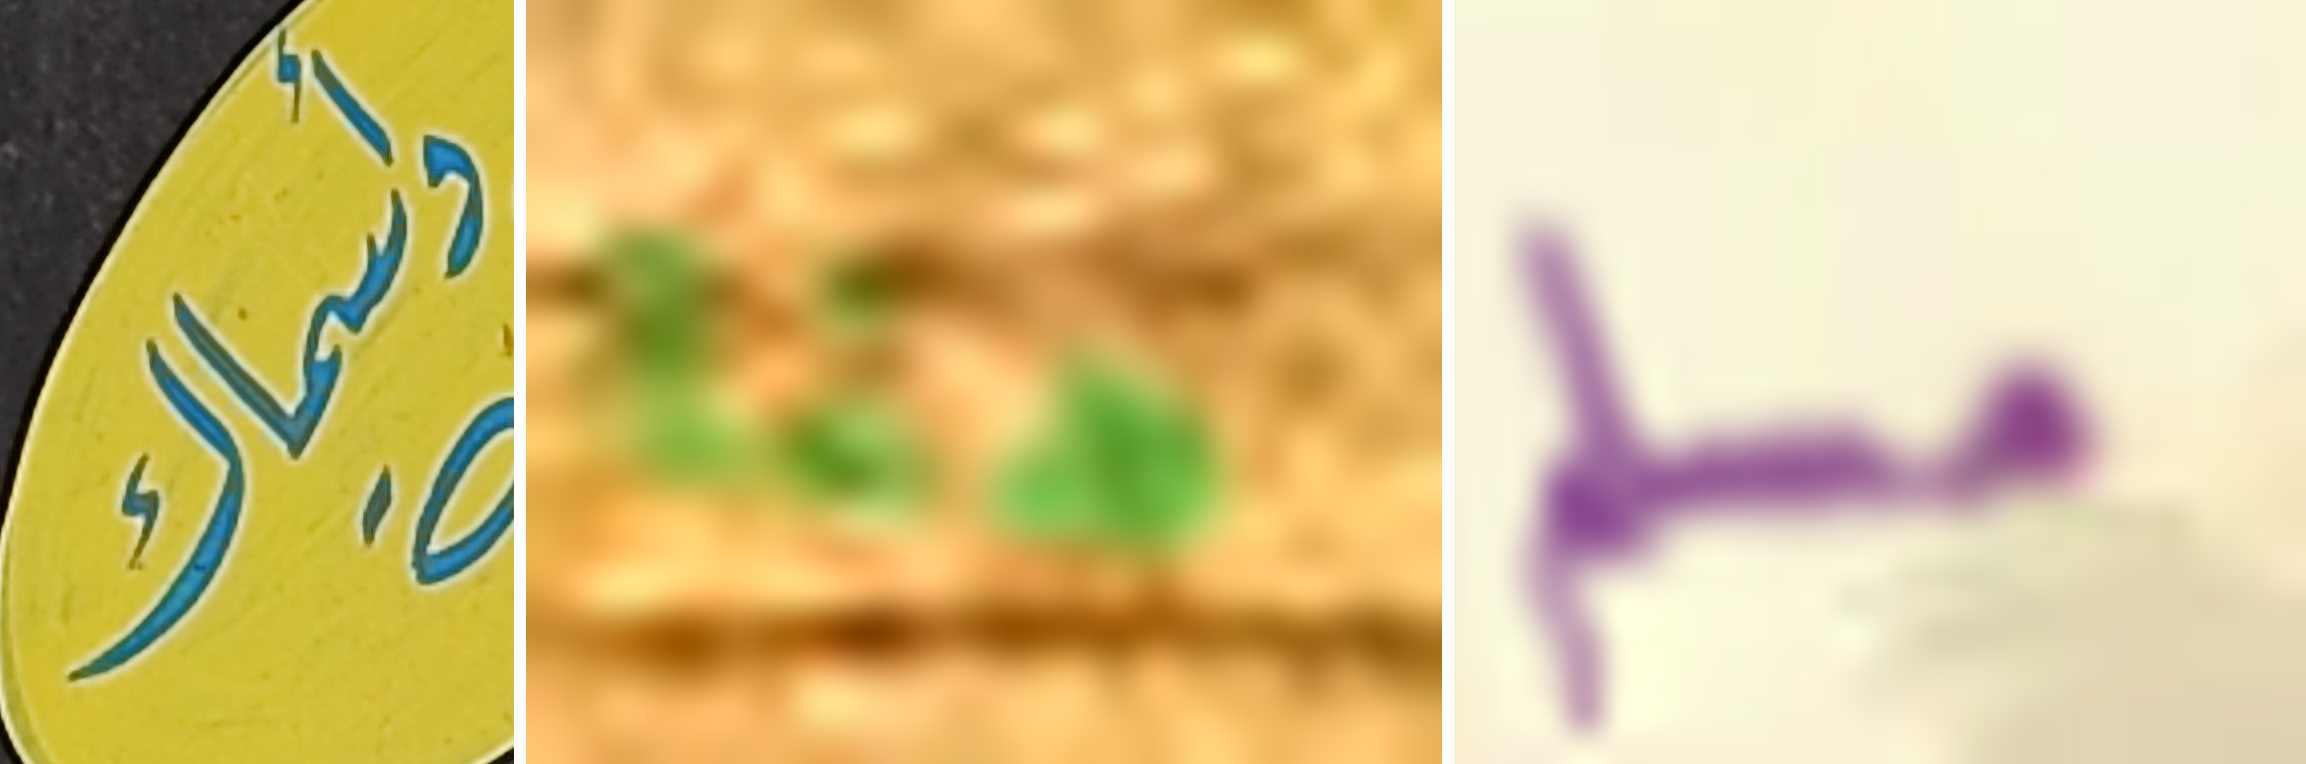
وأسماك هنا مسلم